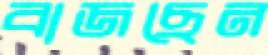
বাজছেন